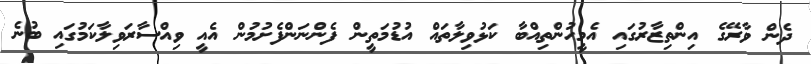
ދެން ވާރޭގެ އިންތިޒާރުގައި އެމީހުންތިއްބާ ކަޅުވިލާތައް އުޑުމަތީން ފެންނަންފެށުމުން އެއީ ވިއްސާރަވިލާކަމުގައި ބުނެ